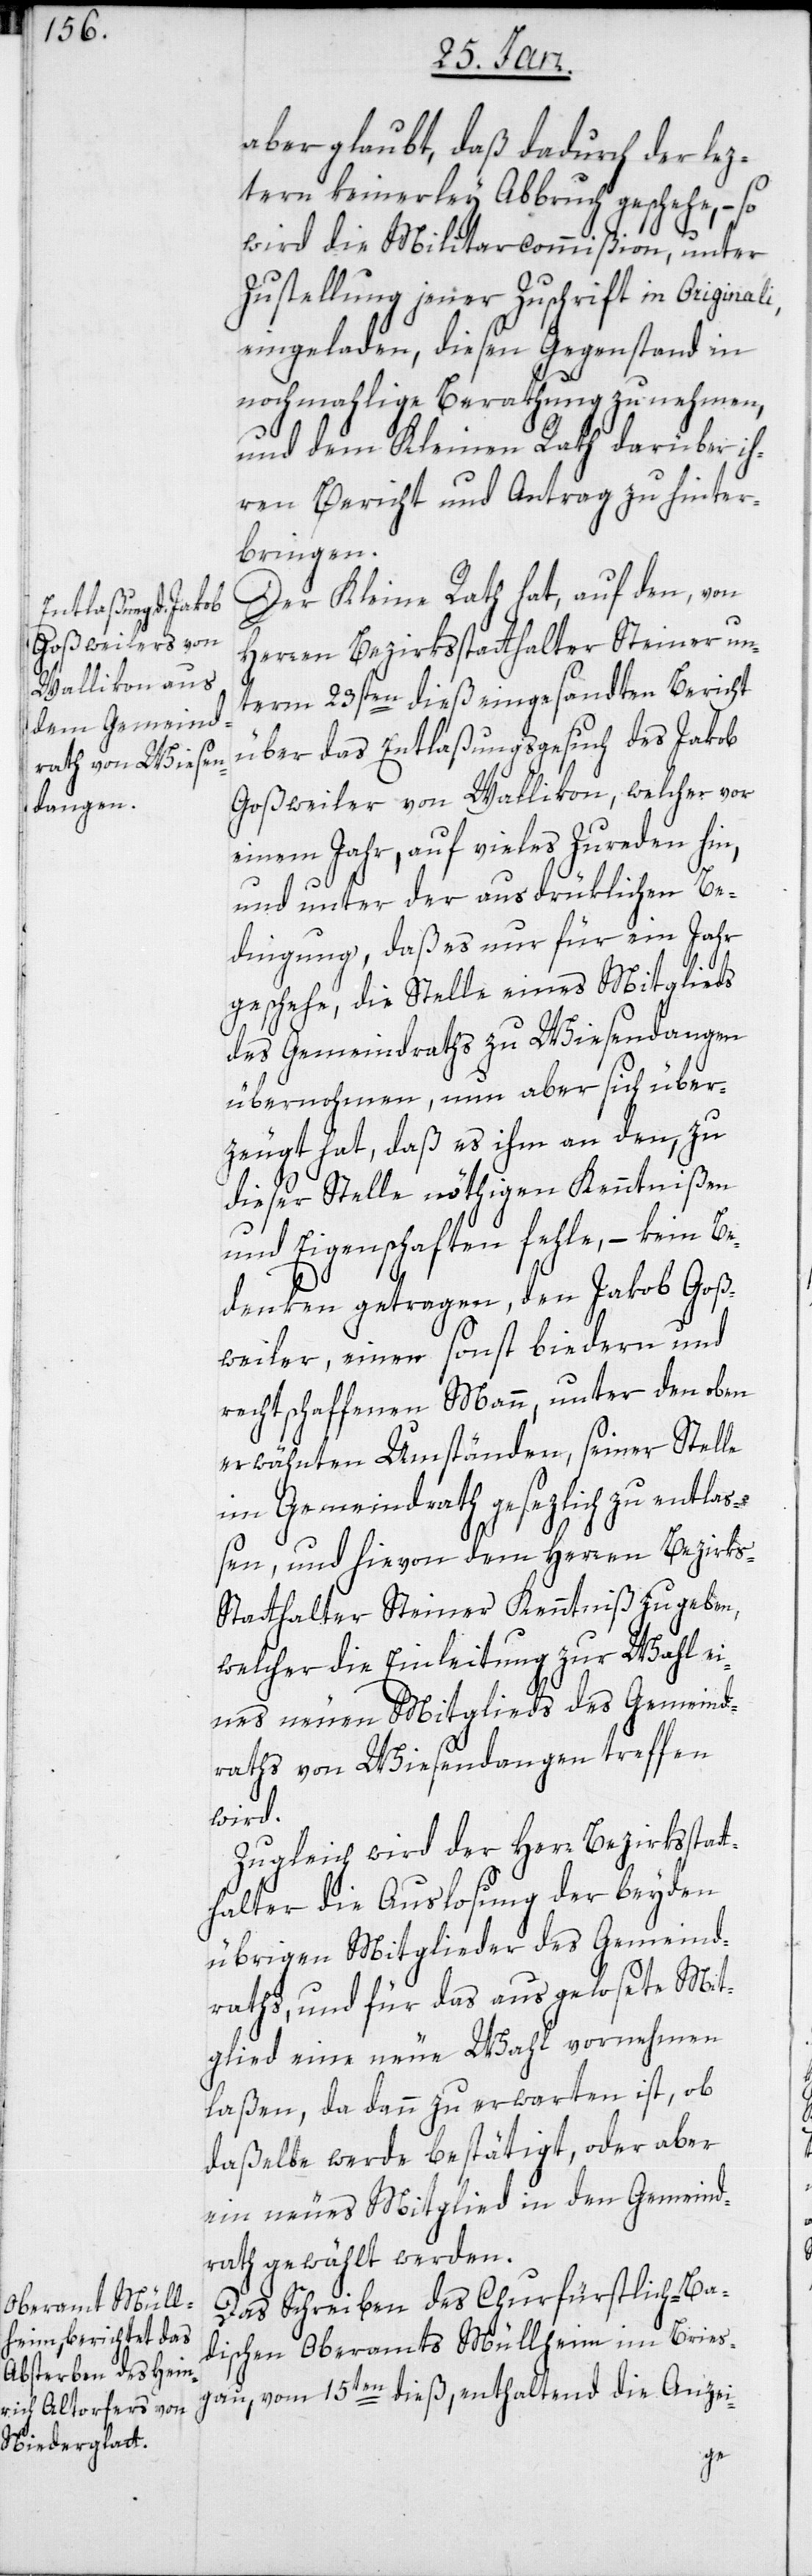
aber glaubt, daß dadurch der lez¬
tern keinerley Abbruch geschehe, – so
wird die Militarcommißion, unter
Zustellung jener Zuschrift in Original¬
eingeladen, diesen Gegenstand in
nochmahlige Berathung zu nehmen,
und dem Kleinen Rath darüber ih¬
ren Bericht und Antrag zu hinter¬
bringen.
Der Kleine Rath hat, auf den, von
Herren Bezirksstatthalter Steiner un¬
term 23sten dieß eingesandten Bericht
über das Entlaßungsgesuch des Jakob
Goßweiler von Wallikon, welcher vor
einem Jahr, auf vieles Zureden hin,
und unter der ausdrüklichen Be¬
dingung, daß es nur für ein Jahr
geschehe, die Stelle eines Mitglieds
des Gemeindraths zu Wiesendangen
übernohmen, nun aber sich über¬
zeugt hat, daß es ihm an den, zu
dieser Stelle nöthigen Kenntnißen
und Eigenschaften fehle, – kein Be¬
denken getragen, den Jakob Goß¬
weiler einer sonst biedern und
rechtschaffenen Mann, unter den oben
erwähnten Umständen, seiner Stelle
im Gemeindrath gesezlich zu entla¬
ßen, und hievon dem Herren Bezirk¬
s-Statthalter Steiner Kenntniß zu geben,
welcher die Einleitung zur Wahl ei¬
nes neuen Mitglieds des Gemeind¬
raths von Wiesendangen treffen
wird.
Zugleich wird der Herr Bezirksstat¬
thalter die Auslosung der beyden
übrigen Mitglieder des Gemeind¬
raths, und für das ausgelosete Mit¬
glied eine neue Wahl vornehmen
laßen, da dann zu erwarten ist, ob
daßelbe werde bestätigt oder aber
ein neues Mitglied in den Gemeind¬
rath gewählt werden.
Das Schreiben des Churfürstlich-Ba¬
dischen Oberamts Müllheim im Bries¬
gau, vom 15ten dieß, enthaltend die Anzei-
i,